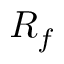
R _ { f }